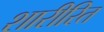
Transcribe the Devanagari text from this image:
शारीरित